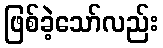
ဖြစ်ခဲ့သော်လည်း